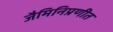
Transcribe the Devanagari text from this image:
जैमिनिप्रणीत